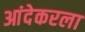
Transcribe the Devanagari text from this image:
आंदेकरला